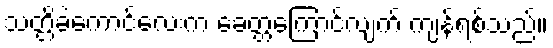
သတ္တိခဲကောင်လေးက ခေတ္တကြောင်လျက် ကျန်ရစ်သည်။